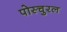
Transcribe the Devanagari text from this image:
पोस्चुरल